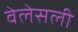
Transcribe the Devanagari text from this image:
वेलेसली